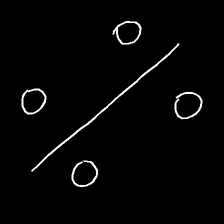
Glyph: cool